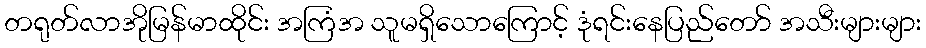
တရုတ်လာအိုမြန်မာထိုင်း အကြံအ သူမရှိသောကြောင့် ဒုံရင်းနေပြည်တော် အသီးများများ